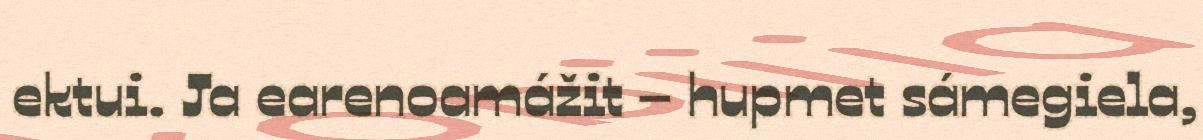
ektui. Ja earenoamážit – hupmet sámegiela,